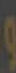
و